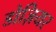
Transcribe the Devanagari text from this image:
डोज़ियर